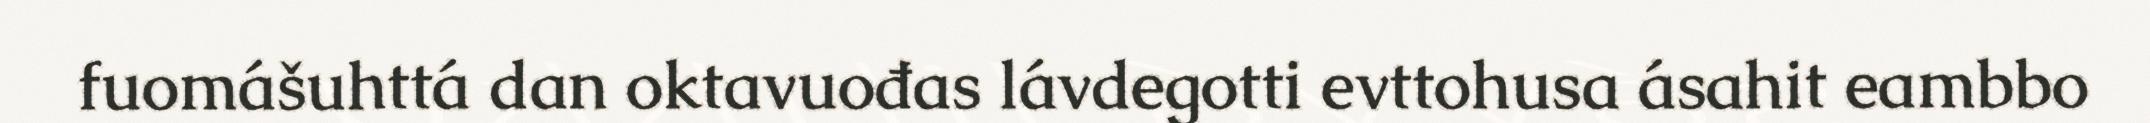
fuomášuhttá dan oktavuođas lávdegotti evttohusa ásahit eambbo